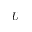
U